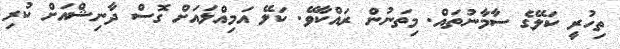
ތިހުރީ ކަލޭގެ ސާމާނުތައް. މިތަނުން ރައްކާވޭ. ކަލޭ އަމިއްލައަށް ގޮސް ދާނިޝްއަށް ކުރި